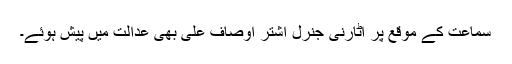
سماعت کے موقع پر اٹارنی جنرل اشتر اوصاف علی بھی عدالت میں پیش ہوئے۔